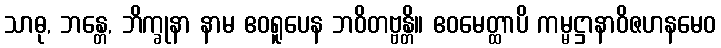
သာဓု, ဘန္တေ, ဘိက္ခုနာ နာမ ဧဝရူပေန ဘဝိတဗ္ဗန္တိ။ ဧဝမေတ္ထာပိ ကမ္မဋ္ဌာနာဝိဇဟနမေဝ